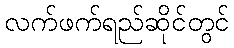
လက်ဖက်ရည်ဆိုင်တွင်